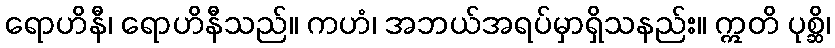
ရောဟိနီ၊ ရောဟိနီသည်။ ကဟံ၊ အဘယ်အရပ်မှာရှိသနည်း။ ဣတိ ပုစ္ဆိ၊